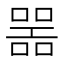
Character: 噐